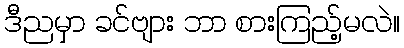
ဒီညမှာ ခင်ဗျား ဘာ စားကြည့်မလဲ။